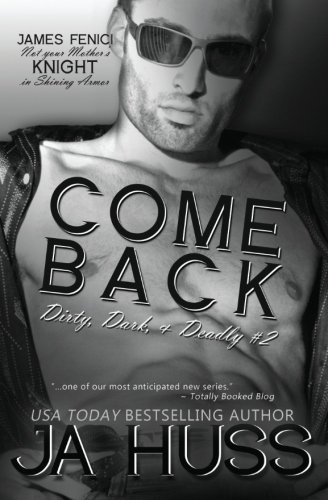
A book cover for Come Back: Dirty, Dark, and Deadly #2 (Volume 2); J A Huss; Romance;